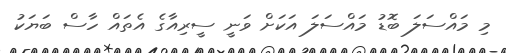
މި މައްސަލަ ބޮޑު މައްސަލަ އަކަށް ވަނީ ސީރިއާގެ އެތައް ހާސް ބަޔަކު